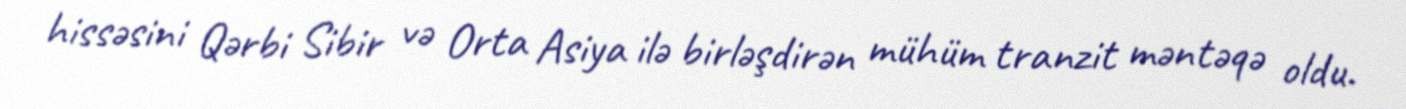
hissəsini Qərbi Sibir və Orta Asiya ilə birləşdirən mühüm tranzit məntəqə oldu.